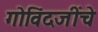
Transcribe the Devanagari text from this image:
गोविंदजींचे